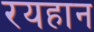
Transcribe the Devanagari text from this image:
रयहान